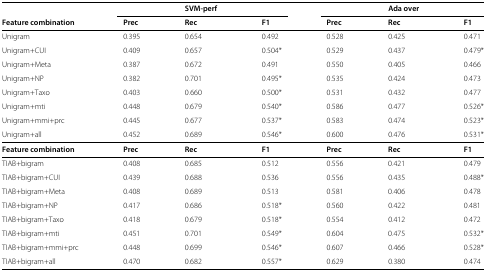
|  |  | SVM-perf |  |  | Ada over |  |
 | Feature combination | Prec | Rec | F1 | Prec | Rec | F1 |
 | --- | --- | --- | --- | --- | --- | --- |
 | Unigram | 0.395 | 0.654 | 0.492 | 0.528 | 0.425 | 0.471 |
 | Unigram+CUI | 0.409 | 0.657 | 0.504* | 0.529 | 0.437 | 0.479* |
 | Unigram+Meta | 0.387 | 0.672 | 0.491 | 0.550 | 0.405 | 0.466 |
 | Unigram+NP | 0.382 | 0.701 | 0.495* | 0.535 | 0.424 | 0.473 |
 | Unigram+Taxo | 0.403 | 0.660 | 0.500* | 0.531 | 0.432 | 0.477 |
 | Unigram+mti | 0.448 | 0.679 | 0.540* | 0.586 | 0.477 | 0.526* |
 | Unigram+mmi+prc | 0.445 | 0.677 | 0.537* | 0.583 | 0.474 | 0.523* |
 | Unigram+all | 0.452 | 0.689 | 0.546* | 0.600 | 0.476 | 0.531* |
 | Feature combination | Prec | Rec | F1 | Prec | Rec | F1 |
 | TIAB+bigram | 0.408 | 0.685 | 0.512 | 0.556 | 0.421 | 0.479 |
 | TIAB+bigram+CUI | 0.439 | 0.688 | 0.536 | 0.556 | 0.435 | 0.488* |
 | TIAB+bigram+Meta | 0.408 | 0.689 | 0.513 | 0.581 | 0.406 | 0.478 |
 | TIAB+bigram+NP | 0.417 | 0.686 | 0.518* | 0.560 | 0.422 | 0.481 |
 | TIAB+bigram+Taxo | 0.418 | 0.679 | 0.518* | 0.554 | 0.412 | 0.472 |
 | TIAB+bigram+mti | 0.451 | 0.701 | 0.549* | 0.604 | 0.475 | 0.532* |
 | TIAB+bigram+mmi+prc | 0.448 | 0.699 | 0.546* | 0.607 | 0.466 | 0.528* |
 | TIAB+bigram+all | 0.470 | 0.682 | 0.557* | 0.629 | 0.380 | 0.474 |